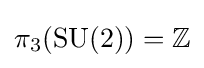
\pi _{3}({\text{SU}}(2))=\mathbb {Z}